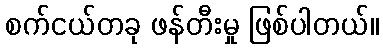
စက်ငယ်တခု ဖန်တီးမှု ဖြစ်ပါတယ်။